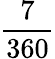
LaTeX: \frac{7}{360}